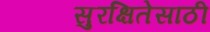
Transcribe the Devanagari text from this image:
सुरक्षितेसाठी